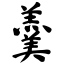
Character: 羹